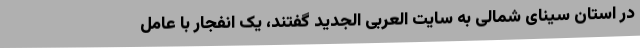
در استان سینای شمالی به سایت العربی الجدید گفتند، یک انفجار با عامل